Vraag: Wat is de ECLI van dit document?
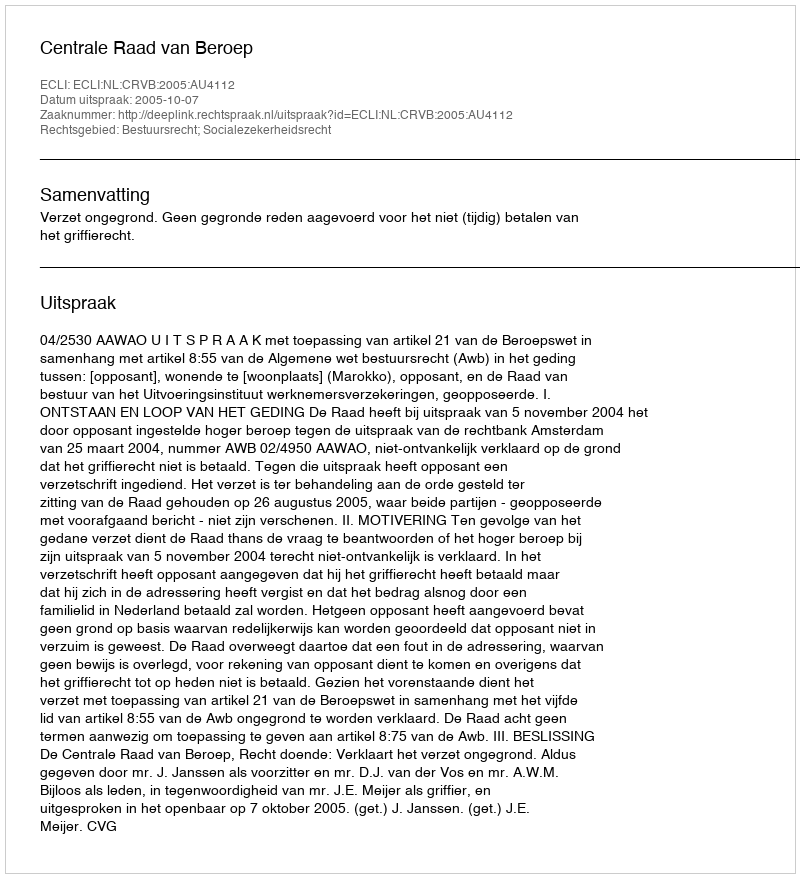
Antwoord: ECLI:NL:CRVB:2005:AU4112